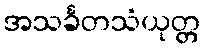
အသင်္ခတသံယုတ္တ